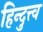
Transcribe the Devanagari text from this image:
हिन्दुत्त्व